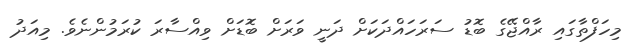
މިހަފްތާގައި ރާއްޖޭގެ ބޮޑު ސަރަހައްދަކަށް ދަނީ ވަރަށް ބޮޑަށް ވިއްސާރަ ކުރަމުންނެވެ. މިއަދު